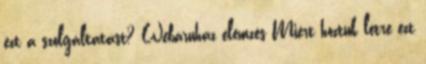
ezt a szolgáltatást? Webáruház elemzés Miért hoztuk létre ezt